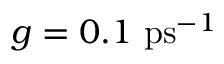
g = 0 . 1 \ \mathrm { p s } ^ { - 1 }